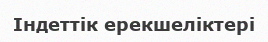
Індеттік ерекшеліктері